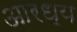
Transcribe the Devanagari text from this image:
आरध्य